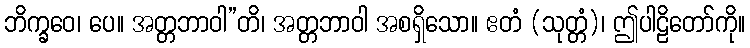
ဘိက္ခဝေ၊ ပေ။ အတ္တဘာဝါ”တိ၊ အတ္တဘာဝါ အစရှိသော။ ဧတံ (သုတ္တံ)၊ ဤပါဠိတော်ကို။